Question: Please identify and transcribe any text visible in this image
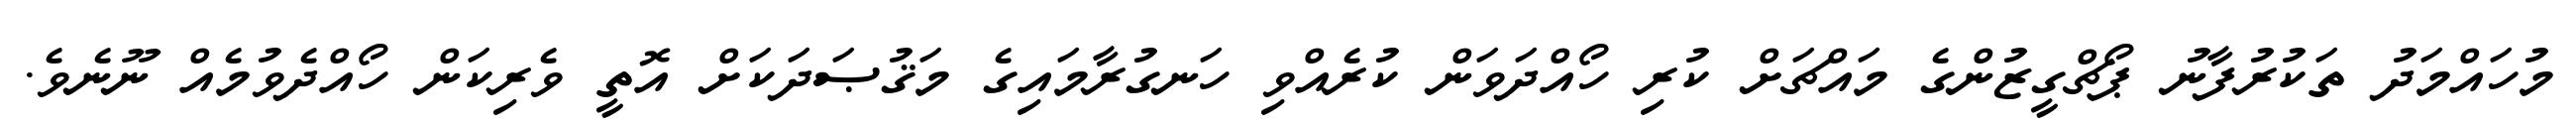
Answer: މުހައްމަދު ތަކުރުފާނު ޕޯޗްގީޒުންގެ މައްޗަށް ކުރި ހޯއްދަވަން ކުރެއްވި ހަނގުރާމައިގެ މަޤުޞަދަކަށް އޮތީ ވެރިކަން ހޯއްދެވުމެއް ނޫނެވެ.